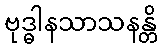
ဗုဒ္ဓါနသာသနန္တိ